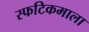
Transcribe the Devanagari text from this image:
स्फटिकमाला